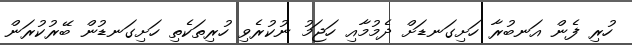
ހުރި ފެން އަނބުރާ ހަށިގަނޑަށް ދެމުމާއި ހަޖަމު ނުކުރެވި ހުރިތަކެތި ހަށިގަނޑުން ބޭރުކުރަން